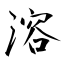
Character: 溶